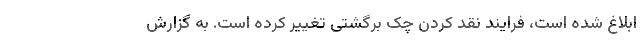
ابلاغ شده است، فرایند نقد کردن چک برگشتی تغییر کرده است. به گزارش